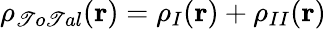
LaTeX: \rho_{\mathscr{T}o\mathscr{T}al}(\textbf{{r}})=\rho_{I}(\textbf{{r}})+\rho_{II}(\textbf{{r}})